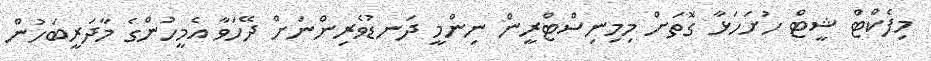
މިފެކްޓް ޝީޓް ހުށަހަޅާ ގޮތަށް މިމިނިސްޓްރީން ނިންމީ ދަނޑުވެރިންނަށް ދޭހަވާ އެމީހުންގެ މާދަރީބަހުން